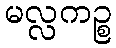
မလ္လကဉ္စ